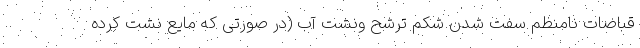
قباضات نامنظم سفت شدن شکم ترشح ونشت آب (در صورتی که مایع نشت کرده